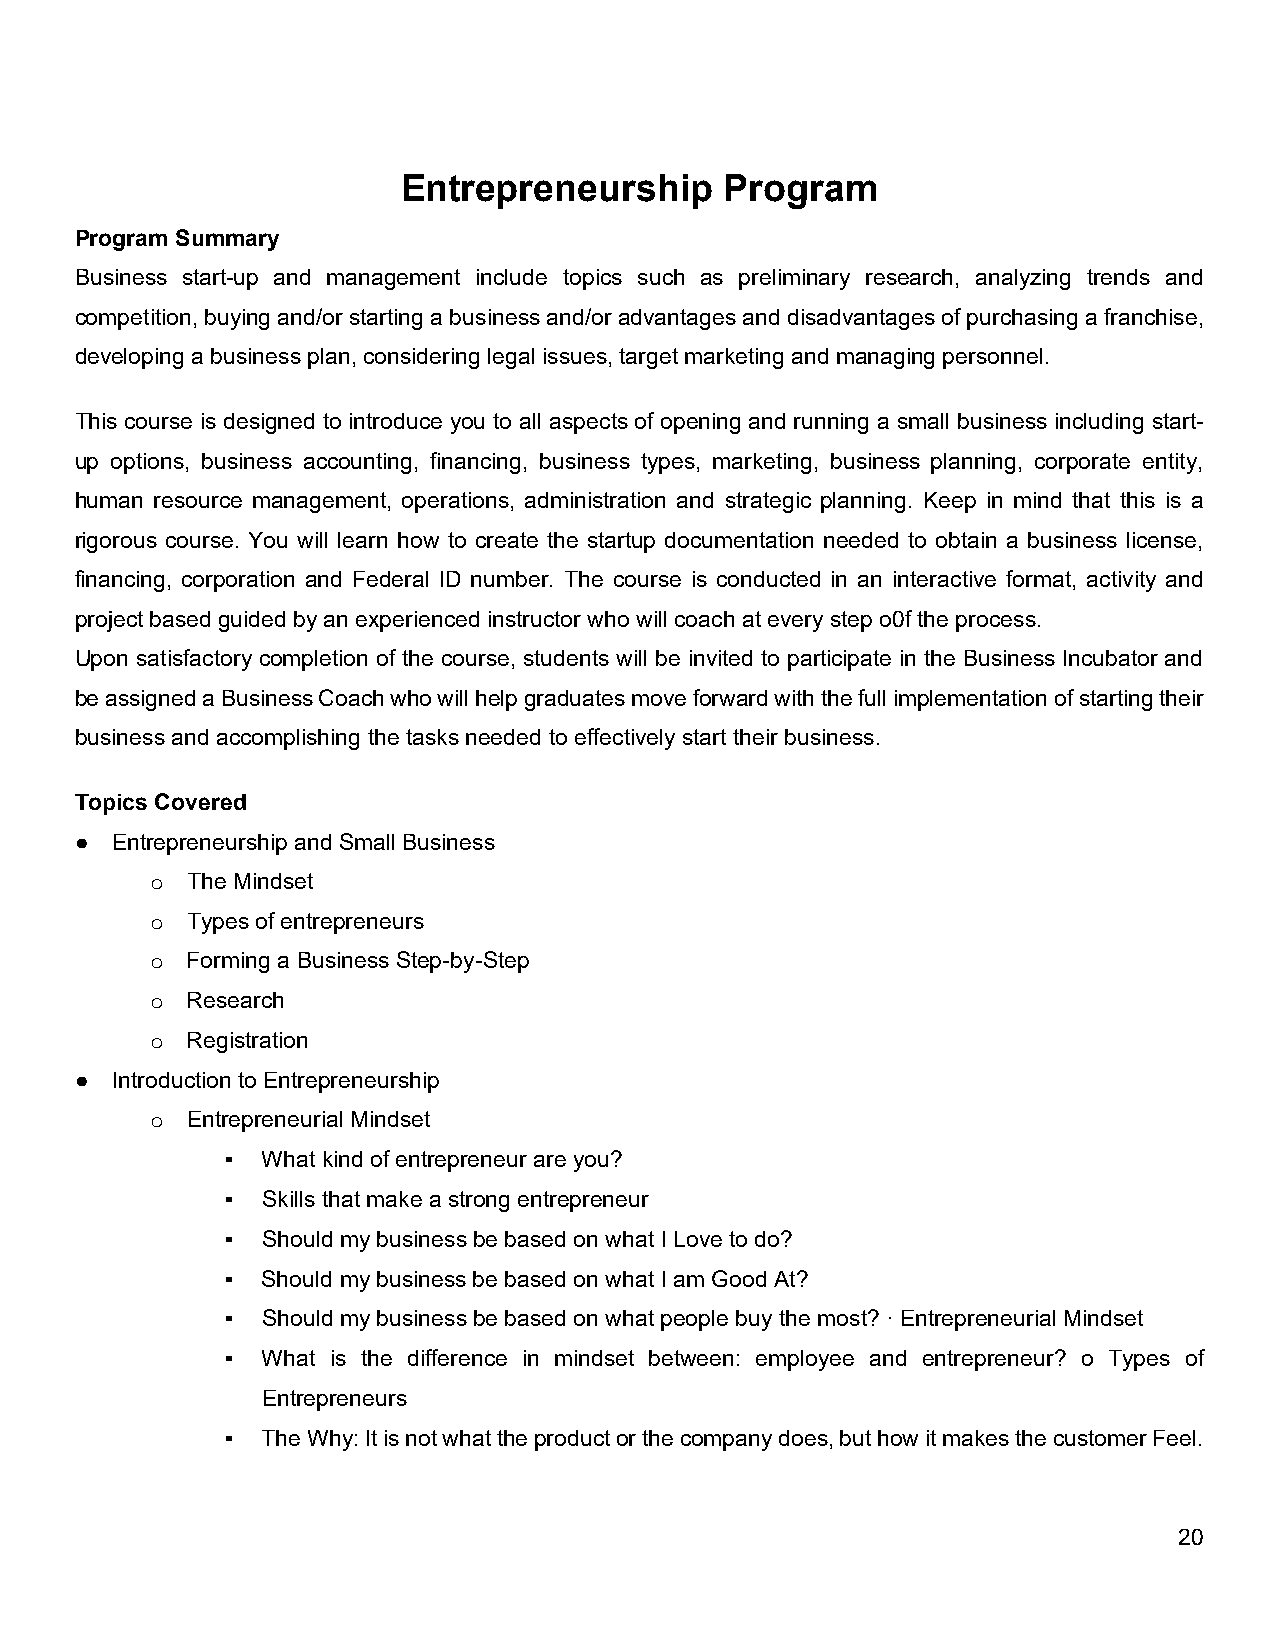
Entrepreneurship     Program
 Program Summary
 Business start-up and management include topics such as preliminary research, analyzing trends and
 competition, buying and/or starting a business and/or advantages and disadvantages of purchasing a franchise,
 developing a business plan, considering legal issues, target marketing and managing personnel.
 This course is designed to introduce you to all aspects of opening and running a small business including start-
 up options, business accounting, financing, business types, marketing, business planning, corporate entity,
 human resource management, operations, administration and strategic planning. Keep in mind that this is a
 rigorous course. You will learn how to create the startup documentation needed to obtain a business license,
 financing, corporation and Federal ID number. The course is conducted in an interactive format, activity and
 project based guided by an experienced instructor who will coach at every step o0f the process.
 Upon satisfactory completion of the course, students will be invited to participate in the Business Incubator and
 be assigned a Business Coach who will help graduates move forward with the full implementation of starting their
 business and accomplishing the tasks needed to effectively start their business.
 Topics Covered
 ● Entrepreneurship and Small Business
 o The Mindset
 o Types of entrepreneurs
 o Forming a Business Step-by-Step
 o Research
 o Registration
 ● Introduction to Entrepreneurship
 o Entrepreneurial Mindset
 ▪ What kind of entrepreneur are you?
 ▪ Skills that make a strong entrepreneur
 ▪ Should my business be based on what I Love to do?
 ▪ Should my business be based on what I am Good At?
 ▪ Should my business be based on what people buy the most? ꞏ Entrepreneurial Mindset
 ▪ What is the difference in mindset between: employee and entrepreneur? o Types of
 Entrepreneurs
 ▪ The Why: It is not what the product or the company does, but how it makes the customer Feel.
 20